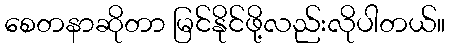
စေတနာဆိုတာ မြင်နိုင်ဖို့လည်းလိုပါတယ်။